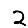
Digit: 2